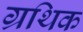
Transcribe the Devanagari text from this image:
ग्रथिक